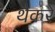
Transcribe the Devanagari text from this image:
थैैकरे